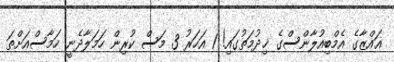
ޣައްޒާގެ އެމްބިއުލާންސްގެ ޚިދުމަތުގައި! 1 އަހަރު 3 މަސް ކުރިން ހަމަލާދެނީ ހަމާސްއަށްތަ